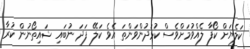
ކަލެޔަށް ކޯފާ ލެއްވުމަށްވެސް ކުޅަދުންވަންތަ އެވެ ކަލޭ ފަދަ ނުބައި ޝައިތޯނުން ކުރާ